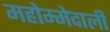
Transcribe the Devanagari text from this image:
महोम्मेदाली